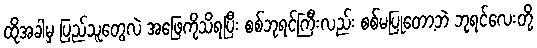
ထိုအခါမှ ပြည်သူတွေလဲ အဖြေကိုသိရပြီး စစ်ဘုရင်ကြီးလည်း စစ်မပြုတော့ဘဲ ဘုရင်လေးတို့